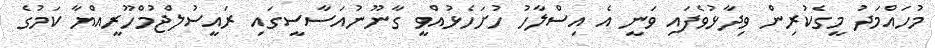
މުހައްމަދު މީގެކުރިން ވިދާޅުވެފައި ވަނީ އެ އިސްލާހު ހުށަހެޅުއްވީ ގާނޫނުއަސާސީގައި ރައީސުލްޖުމްހޫރީއްޔާ ކަމުގެ